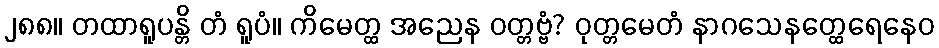
၂၈၈။ တထာရူပန္တိ တံ ရူပံ။ ကိမေတ္ထ အညေန ဝတ္တဗ္ဗံ? ဝုတ္တမေတံ နာဂသေနတ္ထေရေနေဝ